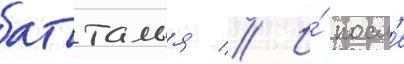
батталья // И́ посл'е